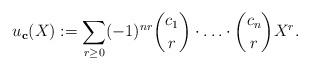
LaTeX: \begin{align*} u_{\mathbf c}(X):=\sum_{r\ge 0}(-1)^{nr}\binom{c_1}{r}\cdot\ldots\cdot\binom{c_n}{r}X^r .\end{align*}